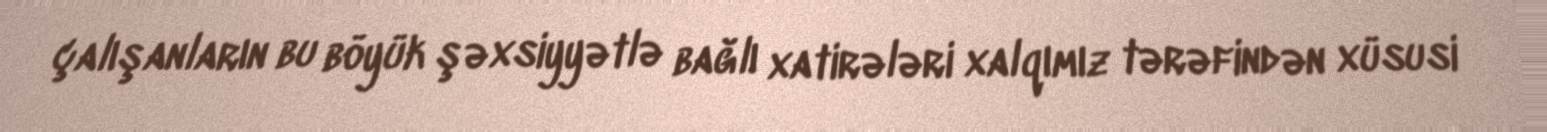
çalışanların bu böyük şəxsiyyətlə bağlı xatirələri xalqımız tərəfindən xüsusi